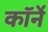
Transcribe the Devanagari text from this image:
कॉर्ने